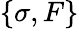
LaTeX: \{ \sigma,F\}